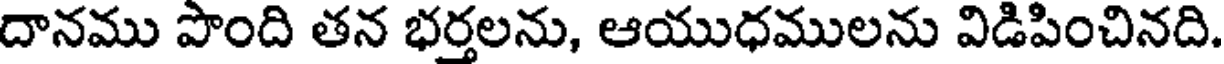
దానము పొంది తన భర్తలను, ఆయుధములను విడిపించినది